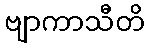
ဗျာကာသီတိ